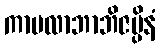
ကာမလာဘာဘိဇပ္ပိနံ